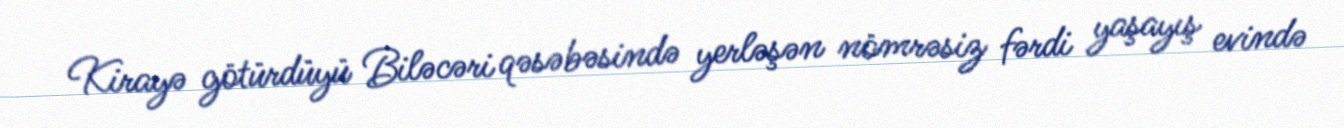
Kirayə götürdüyü Biləcəri qəsəbəsində yerləşən nömrəsiz fərdi yaşayış evində